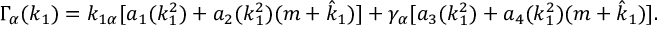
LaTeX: \Gamma _ { \alpha } ( k _ { 1 } ) = k _ { 1 \alpha } [ a _ { 1 } ( k _ { 1 } ^ { 2 } ) + a _ { 2 } ( k _ { 1 } ^ { 2 } ) ( m + \hat { k } _ { 1 } ) ] + \gamma _ { \alpha } [ a _ { 3 } ( k _ { 1 } ^ { 2 } ) + a _ { 4 } ( k _ { 1 } ^ { 2 } ) ( m + \hat { k } _ { 1 } ) ] .